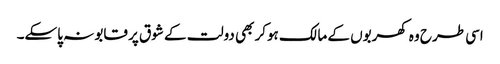
اسی طرح وہ کھربوں کے مالک ہوکر بھی دولت کے شوق پر قابو نہ پاسکے۔